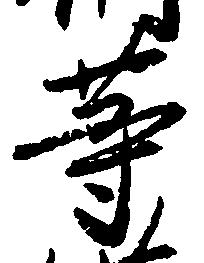
等